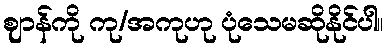
ဈာန်ကို ကု/အကုဟု ပုံသေမဆိုနိုင်ပါ။